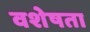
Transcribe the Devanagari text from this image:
वशेषता